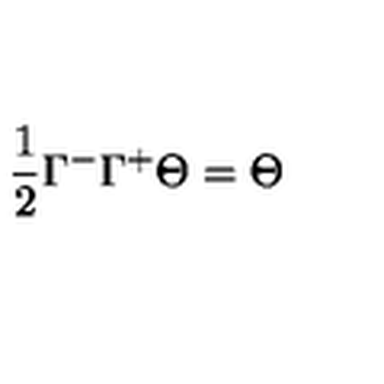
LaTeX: \frac { 1 } { 2 } \Gamma ^ { - } \Gamma ^ { + } \Theta = \Theta